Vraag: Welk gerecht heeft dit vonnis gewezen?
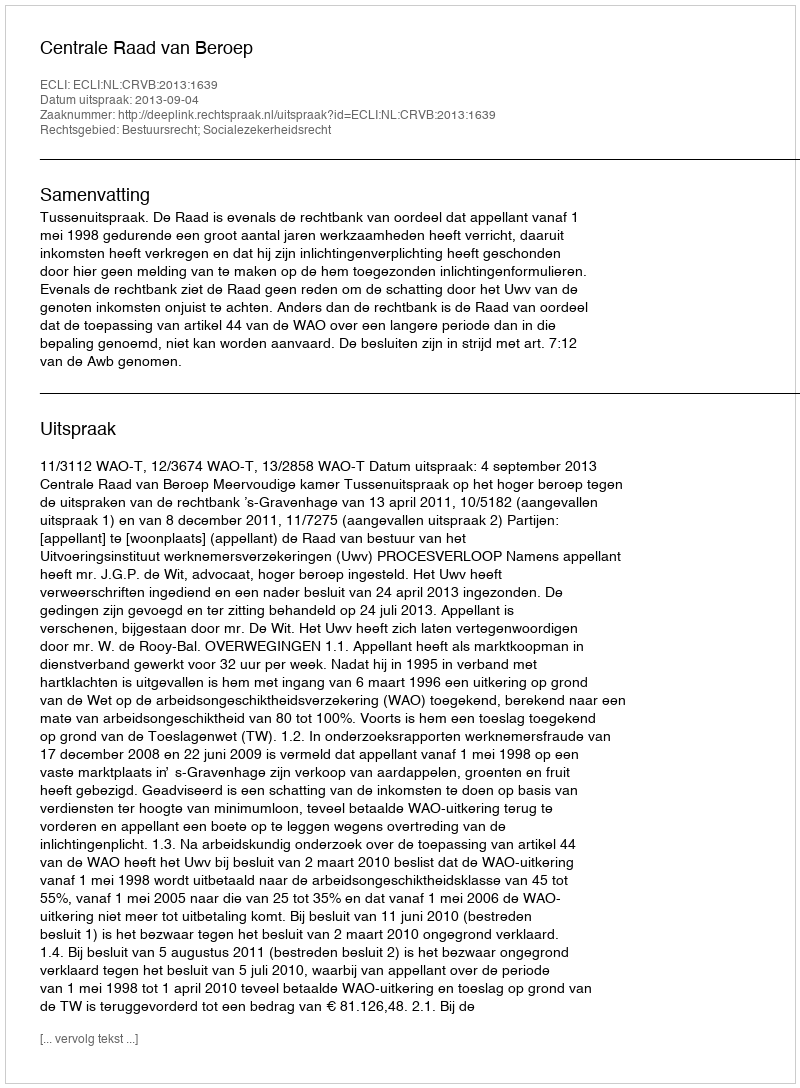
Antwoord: Centrale Raad van Beroep